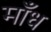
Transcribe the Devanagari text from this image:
माँध